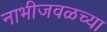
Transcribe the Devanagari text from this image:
नाभीजवळच्या